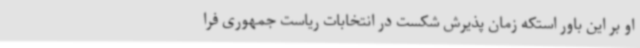
او بر این باور استکه زمان پذیرش شکست در انتخابات ریاست جمهوری فرا